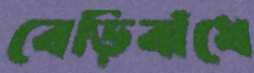
বেড়িবাঁধে